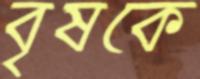
বৃষকে